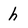
Character: h